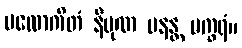
ပလောကိတံ နိပုဏ မနန္တ မက္ခရံ။